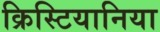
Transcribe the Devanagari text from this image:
क्रिस्टियानिया